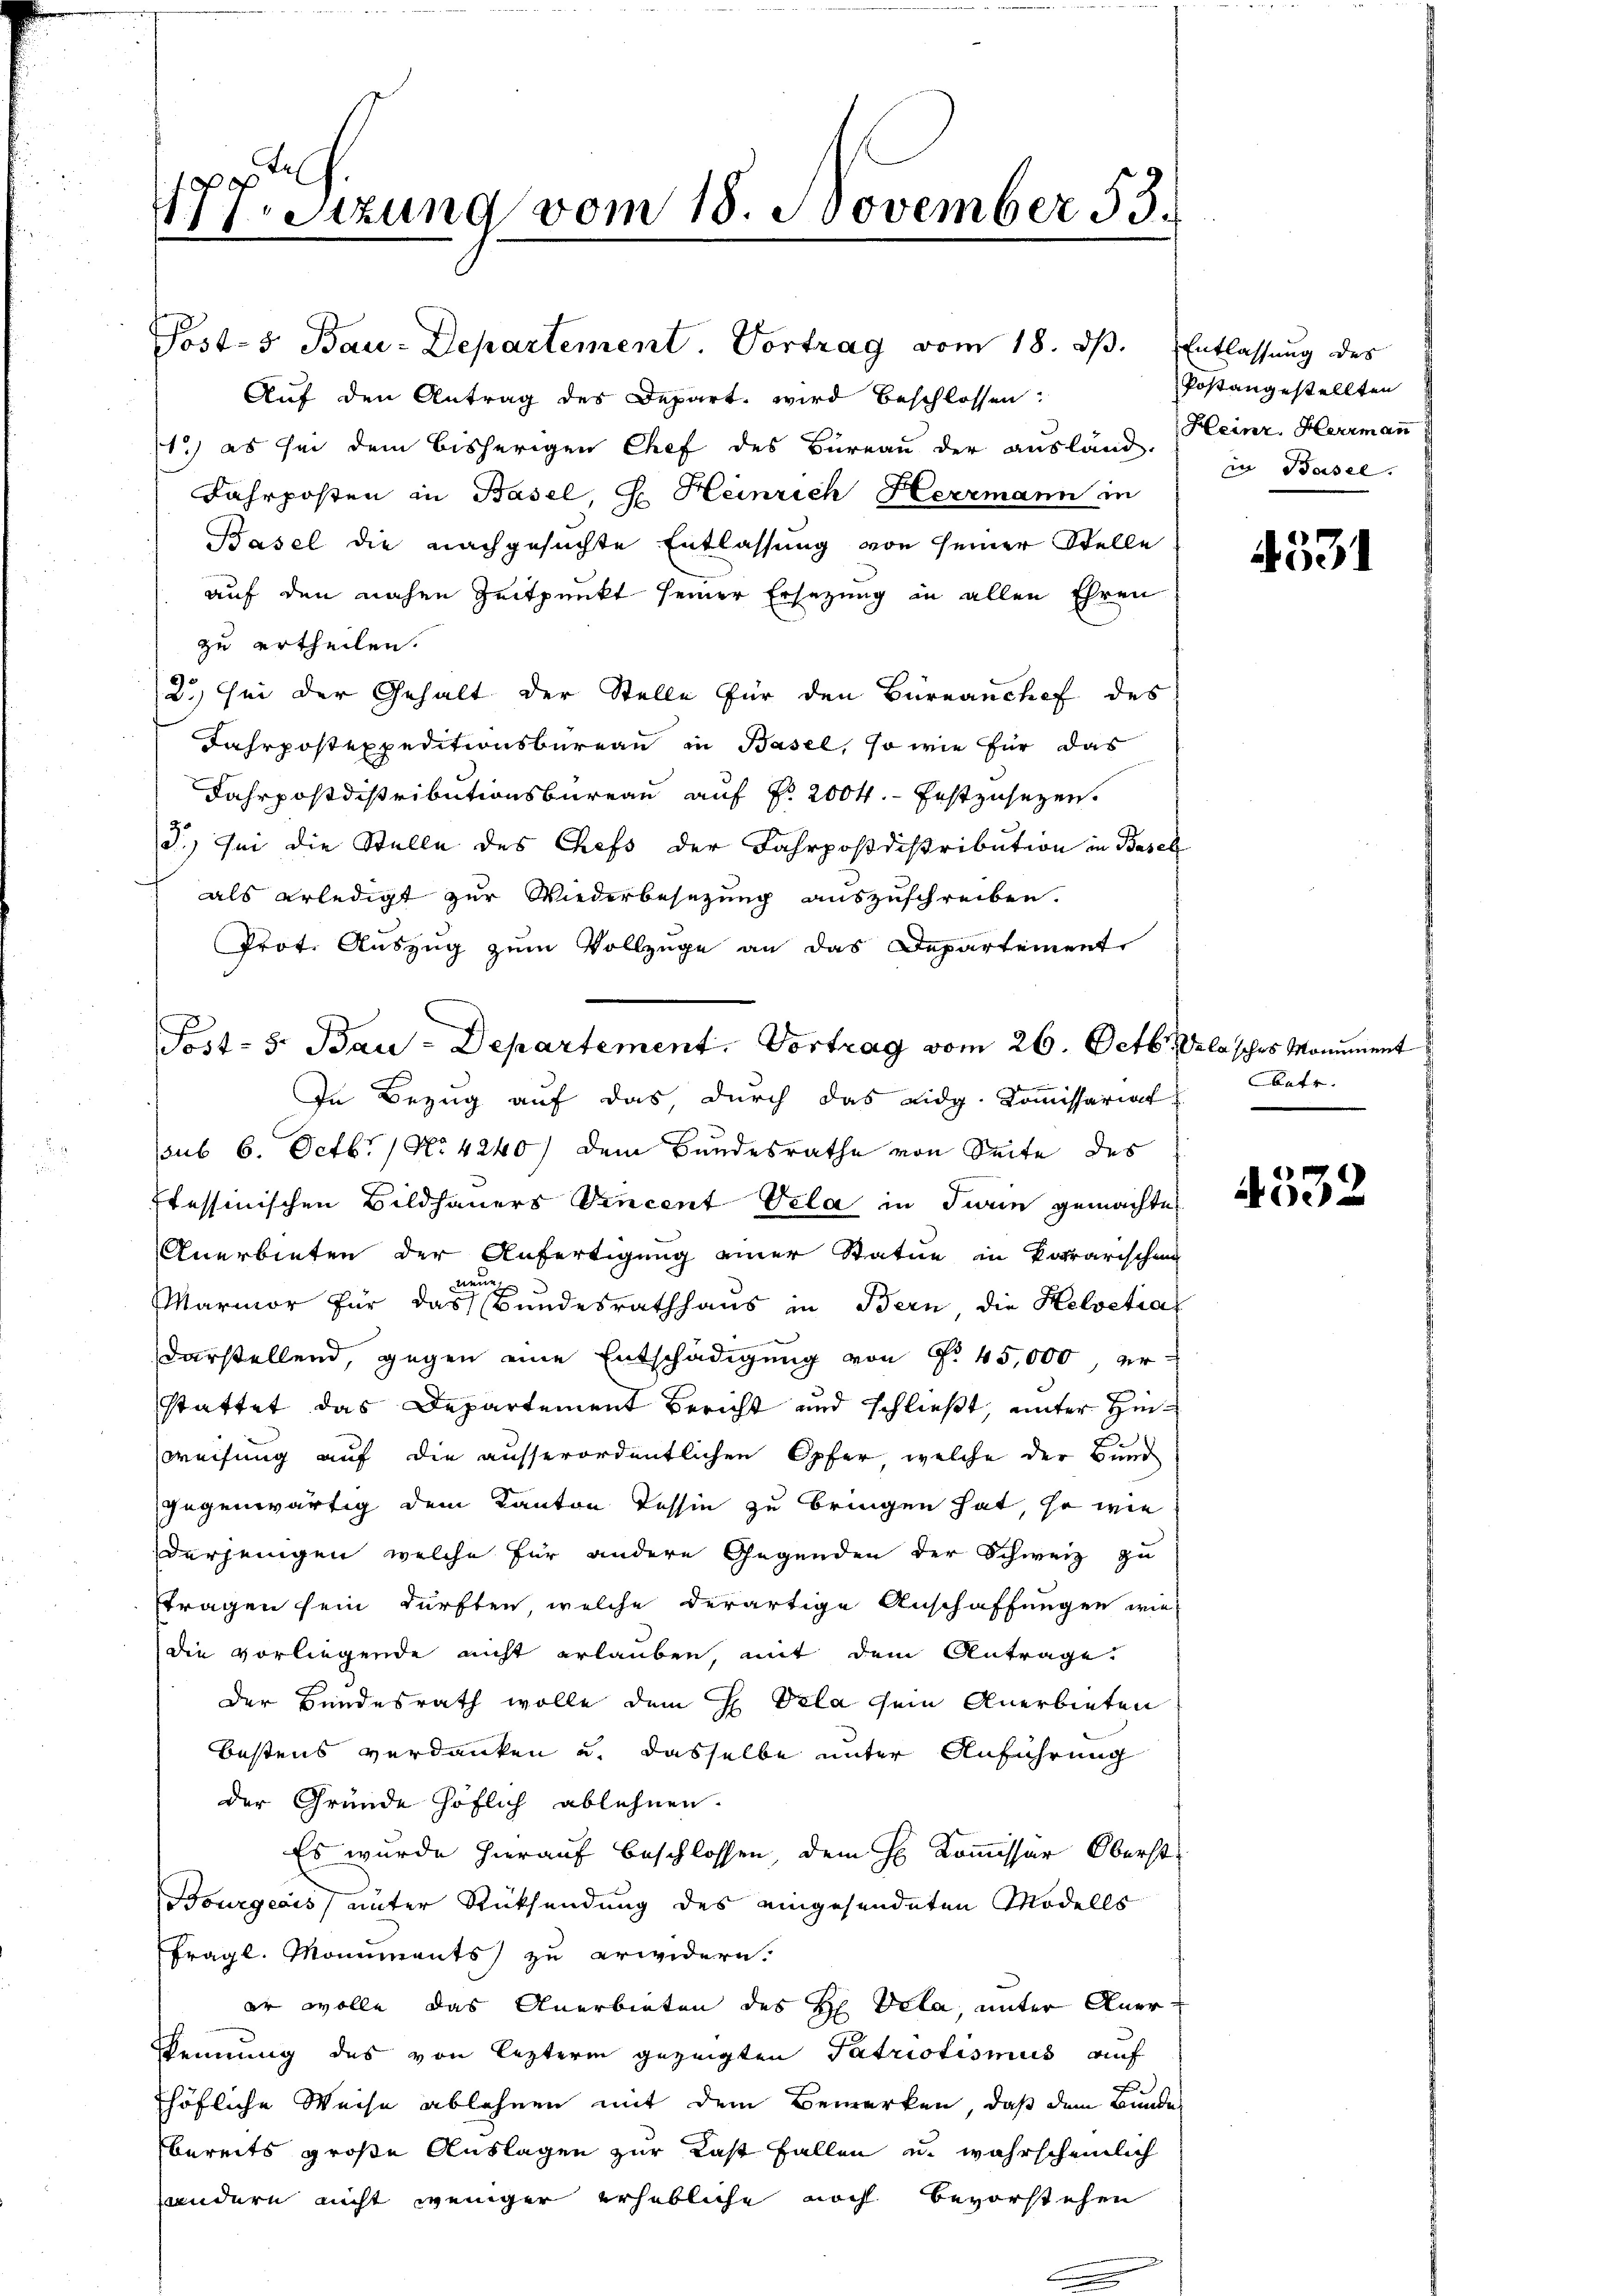
177. Sitzung vom 18. November 53.

1) es sei dem bisherigen Chef des Büreau der ausland in Basel.
Fahrposten in Basel, G. Heinrich Herrmann in
Basel die nachgesuchte Entlassung von seiner Stelle
auf den nahen Zeitpunkt seiner Ersetzung in allen Ehren
zu ertheilen.
2) sei der Gehalt der Stelle für den Büreanchef des
Jahrpostexpeditionsbureau in Basel, so wie für das
Jahrpostdistributionsbureau auf Nr. 2004. festzusetzen.
3.) Sei die Stelle des Chefs der Fahrposdistribution in Basel
als erledigt zur Wiederbesezung auszuschreiben.
Prot. Auszug zum Vollzuge an das Departement
In Bezug auf das durch das eidg. Kommissariat
aub 6. Octbr. 1 No 4240) dem Bundesrathe von Seite des
Itessinischen Bildhauers Vincent Vela in Turin gemachte
Anerbieten der Anfertigung einer Statue in Korrarischen
Marmor für das Bundesrathhaus in Bern, die Helvetia
darstellend, gegen eine Entschädigung von No 45,000, er-
stattet das Departement Bericht und schließt, unter Hinweisung auf die ausserordentlichen Opfer, welche der Bund
gegenwärtig dem Kanton Tessin zu bringen hat, so wie
derjenigen welche für andere Gegenden der Schweiz zu
tragen sein dürften, welche derartige Anschaffungen wie
die vorliegende nicht erlauben, mit dem Antrage.
Der Bundesrath wolle dem H Vela sein Anerbieten
bestens verdanken u. dasselbe unter Anführung
der Gründe höflich ablehnen.
Es wurde hierauf beschlossen, dem H. Kommissär Oberst
Bourgeois unter Rücksendung des eingesendeten Modells
fragl. Monuments) zu erwidern.
er wolle das Anerbieten des H. Vela, unter Anerkennung des von lezterm gezeigten Patriotismus auf
höfliche Weise ablehnen mit dem Bemerken, daß dem Bunde
bereits große Auslagen zur Last fallen u. wahrscheinlich
andern nicht weniger erhebliche noch Bevorstehen

Post-5 Bau-Departement. Vortrag vom 18. ds. Entlassung des
Auf den Antrag des Depart wird beschlossen:

Post- 5. Bau-Departement. Vortrag vom 26. Octbr. lasches Monument

Postangestellten
Heinr. Herrmann

4531

batr.

4532